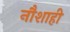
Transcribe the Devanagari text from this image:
नौशाही